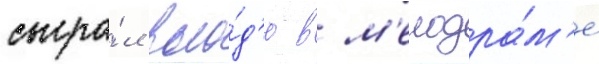
сыгра́л воло́д'ю в м'елодра́м'е